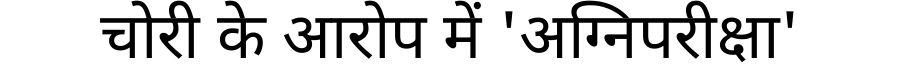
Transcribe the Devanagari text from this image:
चोरी के आरोप में 'अग्निपरीक्षा'